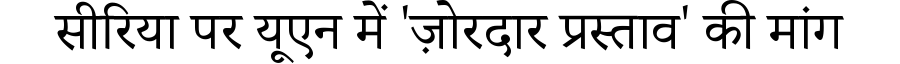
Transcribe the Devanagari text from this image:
सीरिया पर यूएन में 'ज़ोरदार प्रस्ताव' की मांग